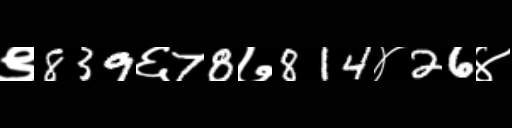
Text: ९839६78७814४26४